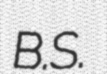
B.S.